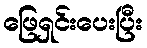
ဖြေရှင်းပေးပြီး